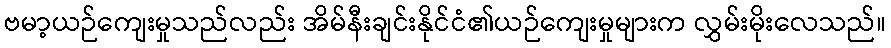
ဗမာ့ယဉ်ကျေးမှုသည်လည်း အိမ်နီးချင်းနိုင်ငံ၏ယဉ်ကျေးမှုများက လွှမ်းမိုးလေသည်။